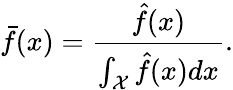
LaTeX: \bar{f}(x)=\frac{\hat{f}(x)}{\int_{\mathcal{X}}\hat{f}(x)dx}.